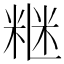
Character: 𥺇